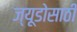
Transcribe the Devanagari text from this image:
ज्यूडोसाठी